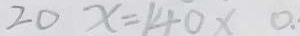
2 0 x = 1 4 0 x 0 .